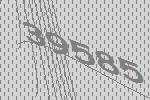
39585